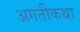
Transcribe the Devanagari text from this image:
अगतीकथा